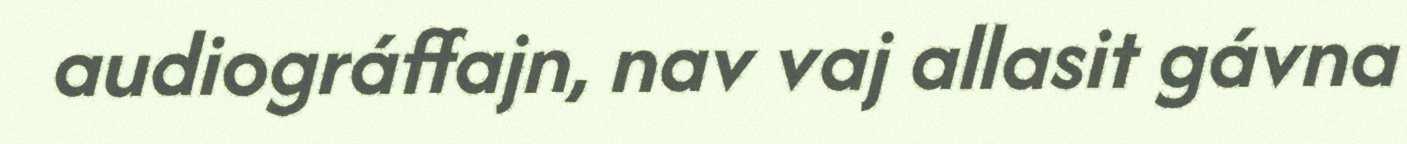
audiográffajn, nav vaj allasit gávna